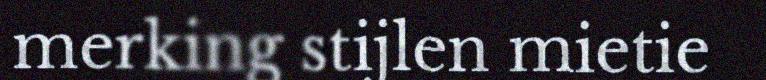
merking stijlen mietie